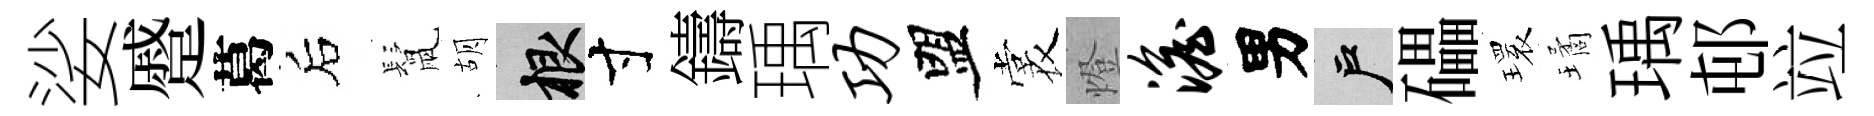
娑蹙葛后鬛胡根寸鑄瑀功盟裳燈澹男户礧𤨔璚瑀邨竝